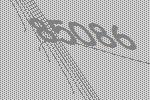
85086